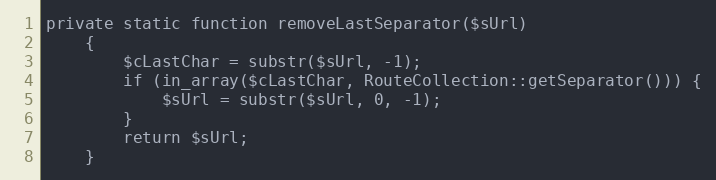
Language: PHP
private static function removeLastSeparator($sUrl)
    {
        $cLastChar = substr($sUrl, -1);
        if (in_array($cLastChar, RouteCollection::getSeparator())) {
            $sUrl = substr($sUrl, 0, -1);
        }
        return $sUrl;
    }